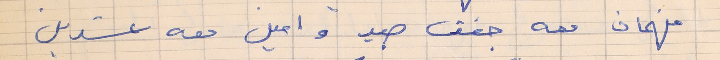
فهمان معه جفت صيد وامين معه عشرين